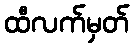
ထီလက်မှတ်